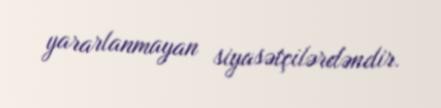
yararlanmayan siyasətçilərdəndir.